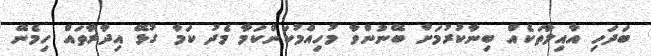
ބަދަހި އާއިލާތަކެއް ބިނާކުރުމަށް ބޭނުންވާ މުހިއްމުކަންކަމާ މެދު ކަމާ ގުޅޭ އިދާރާތައް ހިމެނޭ